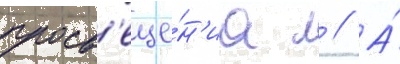
просв'еще́н'иа л // А́